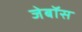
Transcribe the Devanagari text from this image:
जेबॉस